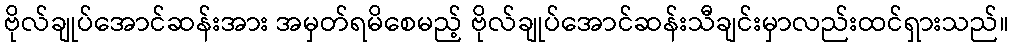
ဗိုလ်ချုပ်အောင်ဆန်းအား အမှတ်ရမိစေမည့် ဗိုလ်ချုပ်အောင်ဆန်းသီချင်းမှာလည်းထင်ရှားသည်။